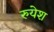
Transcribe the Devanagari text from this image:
रुयेश